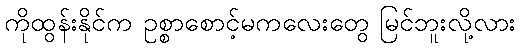
ကိုထွန်းနိုင်က ဥစ္စာစောင့်မကလေးတွေ မြင်ဘူးလို့လား